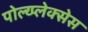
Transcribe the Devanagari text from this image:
पोल्य्प्लेक्सेस